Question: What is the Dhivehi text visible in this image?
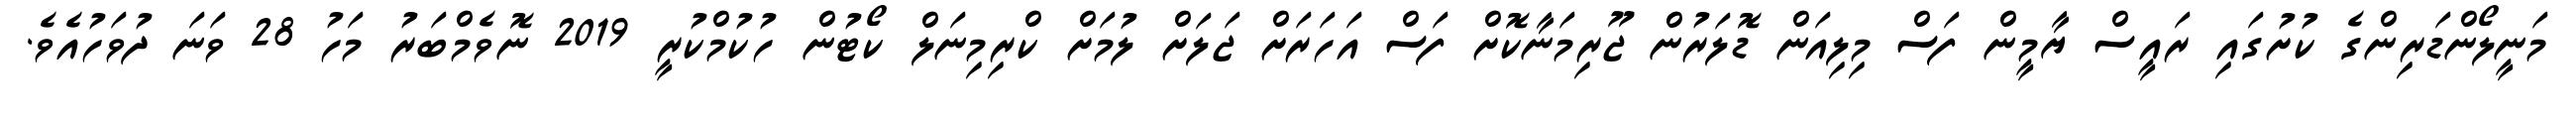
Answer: މަނީލޯންޑަރިންގެ ކުށުގައި ރައީސް ޔާމީން ފަސް މިލިއަން ޑޮލަރުން ޖޫރިމަނާކޮށް ފަސް އަހަރަށް ޖަލަށް ލުމަށް ކްރިމިނަލް ކޯޓުން ހުކުމްކުރީ 2019 ނޮވެމްބަރު މަހު 28 ވަނަ ދުވަހުއެވެ.